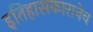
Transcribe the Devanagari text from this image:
इतिहासकारानेच